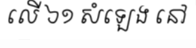
លើ ៦១ សំឡេង នៅ